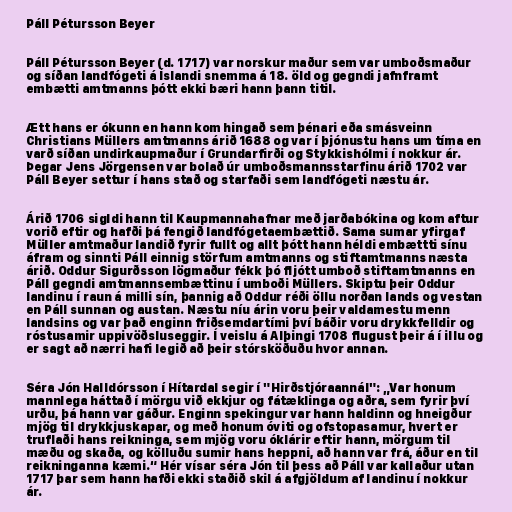
Páll Pétursson Beyer

Páll Pétursson Beyer (d. 1717) var norskur maður sem var umboðsmaður
og síðan landfógeti á Íslandi snemma á 18. öld og gegndi jafnframt
embætti amtmanns þótt ekki bæri hann þann titil.

Ætt hans er ókunn en hann kom hingað sem þénari eða smásveinn
Christians Müllers amtmanns árið 1688 og var í þjónustu hans um tíma en
varð síðan undirkaupmaður í Grundarfirði og Stykkishólmi í nokkur ár.
Þegar Jens Jörgensen var bolað úr umboðsmannsstarfinu árið 1702 var
Páll Beyer settur í hans stað og starfaði sem landfógeti næstu ár.

Árið 1706 sigldi hann til Kaupmannahafnar með jarðabókina og kom aftur
vorið eftir og hafði þá fengið landfógetaembættið. Sama sumar yfirgaf
Müller amtmaður landið fyrir fullt og allt þótt hann héldi embættti sínu
áfram og sinnti Páll einnig störfum amtmanns og stiftamtmanns næsta
árið. Oddur Sigurðsson lögmaður fékk þó fljótt umboð stiftamtmanns en
Páll gegndi amtmannsembættinu í umboði Müllers. Skiptu þeir Oddur
landinu í raun á milli sín, þannig að Oddur réði öllu norðan lands og vestan
en Páll sunnan og austan. Næstu níu árin voru þeir valdamestu menn
landsins og var það enginn friðsemdartími því báðir voru drykkfelldir og
róstusamir uppivöðsluseggir. Í veislu á Alþingi 1708 flugust þeir á í illu og
er sagt að nærri hafi legið að þeir stórsköðuðu hvor annan.

Séra Jón Halldórsson í Hítardal segir í "Hirðstjóraannál": „Var honum
mannlega háttað í mörgu við ekkjur og fátæklinga og aðra, sem fyrir því
urðu, þá hann var gáður. Enginn spekingur var hann haldinn og hneigður
mjög til drykkjuskapar, og með honum óviti og ofstopasamur, hvert er
truflaði hans reikninga, sem mjög voru óklárir eftir hann, mörgum til
mæðu og skaða, og kölluðu sumir hans heppni, að hann var frá, áður en til
reikninganna kæmi.“ Hér vísar séra Jón til þess að Páll var kallaður utan
1717 þar sem hann hafði ekki staðið skil á afgjöldum af landinu í nokkur
ár.